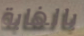
بالغابة